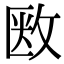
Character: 𢽇